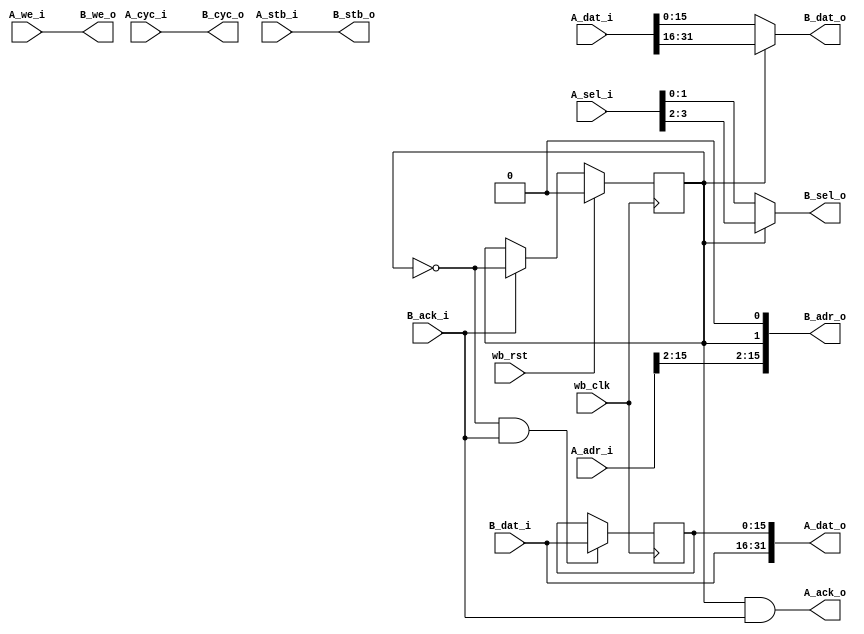
//
// Copyright 2011 Ettus Research LLC
//
// This program is free software: you can redistribute it and/or modify
// it under the terms of the GNU General Public License as published by
// the Free Software Foundation, either version 3 of the License, or
// (at your option) any later version.
//
// This program is distributed in the hope that it will be useful,
// but WITHOUT ANY WARRANTY; without even the implied warranty of
// MERCHANTABILITY or FITNESS FOR A PARTICULAR PURPOSE.  See the
// GNU General Public License for more details.
//
// You should have received a copy of the GNU General Public License
// along with this program.  If not, see <http://www.gnu.org/licenses/>.
//



module wb_bridge_16_32
  #(parameter AWIDTH=16)
    (input wb_clk, input wb_rst,
     input A_cyc_i, input A_stb_i, input A_we_i, input [3:0] A_sel_i,
     input [AWIDTH-1:0] A_adr_i, input [31:0] A_dat_i, output [31:0] A_dat_o, output A_ack_o,
     output B_cyc_o, output B_stb_o, output B_we_o, output [1:0] B_sel_o,
     output [AWIDTH-1:0] B_adr_o, output [15:0] B_dat_o, input [15:0] B_dat_i, input B_ack_i
     );

   reg [15:0] 		 holding;
   reg 			 phase;
   
   assign 		 B_adr_o = {A_adr_i[AWIDTH-1:2],phase,1'b0};
   assign 		 B_cyc_o = A_cyc_i;
   assign 		 B_stb_o = A_stb_i;
   assign 		 B_we_o = A_we_i;

   assign 		 B_dat_o = ~phase ? A_dat_i[15:0] : A_dat_i[31:16];
   assign 		 B_sel_o = ~phase ? A_sel_i[1:0] : A_sel_i[3:2];

   assign 		 A_dat_o = {B_dat_i,holding};
   assign 		 A_ack_o = phase & B_ack_i;

   always @(posedge wb_clk)
     if(wb_rst)
       phase <= 0;
     else if(B_ack_i)
       phase <= ~phase;

   always @(posedge wb_clk)
     if(~phase & B_ack_i)
       holding <= B_dat_i;
   
endmodule // wb_bridge_16_32